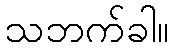
သဘက်ခါ။